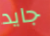
جايد